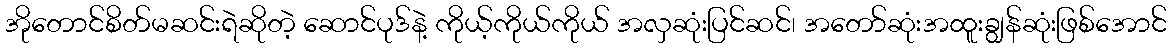
အိုတောင်စိတ်မဆင်းရဲဆိုတဲ့ ဆောင်ပုဒ်နဲ့ ကိုယ့်ကိုယ်ကိုယ် အလှဆုံးပြင်ဆင်၊ အတော်ဆုံးအထူးချွန်ဆုံးဖြစ်အောင်